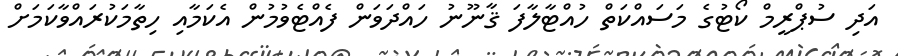
އަދި ސުޕްރީމް ކޯޓުގެ މަސައްކަތް ހުއްޓާލާފަ ޤާނޫނު ހައްދަވަން ފެއްޓެވުމުން އެކަމާއި ހިތާމަކުރައްވާކަމަށް